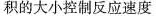
积的大小控制反应速度